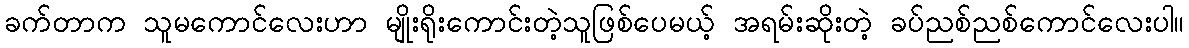
ခက်တာက သူမကောင်လေးဟာ မျိုးရိုးကောင်းတဲ့သူဖြစ်ပေမယ့် အရမ်းဆိုးတဲ့ ခပ်ညစ်ညစ်ကောင်လေးပါ။